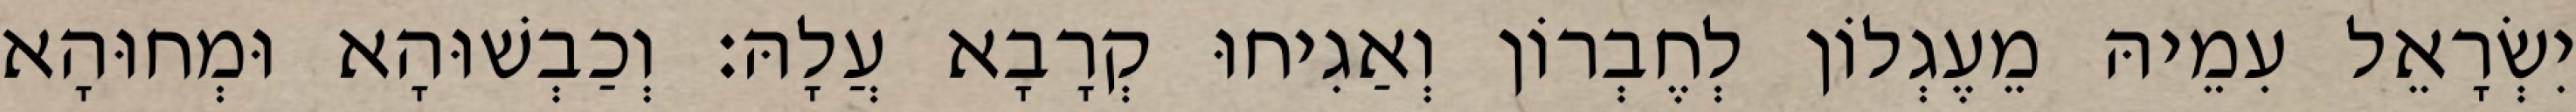
יִשְׂרָאֵל עִמֵיהּ מֵעֶגְלוֹן לְחֶבְרוֹן וְאַגִיחוּ קְרָבָא עֲלָהּ׃ וְכַבְשׁוּהָא וּמְחוּהָא